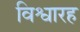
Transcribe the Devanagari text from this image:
विश्वारह